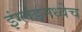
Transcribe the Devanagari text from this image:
इंग्लंडमध्येच